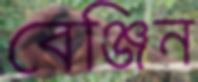
বেঞ্জিন